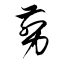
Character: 剪